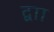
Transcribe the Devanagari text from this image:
द्वाा